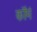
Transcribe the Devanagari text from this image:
कॉमं